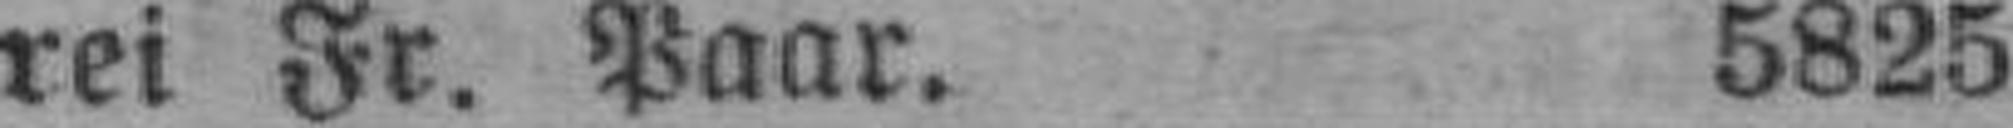
rei Fr. Paar. 5825